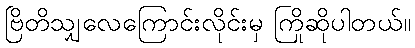
ဗြိတိသျှလေကြောင်းလိုင်းမှ ကြိုဆိုပါတယ်။